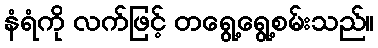
နံရံကို လက်ဖြင့် တရွေ့ရွေ့စမ်းသည်။